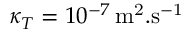
\kappa _ { T } = 1 0 ^ { - 7 } \, \mathrm { m ^ { 2 } . s ^ { - 1 } }